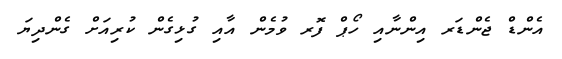
އެންޑް ޖެންޑަރ އިންނާއި ހޯޕް ފޮރ ވުމެން އާއި ގުޅިގެން ކުރިއަށް ގެންދިޔަ